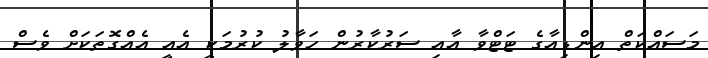
މަސައްކަތް އިންޑިއާގެ ޓަޓްވާ އާއި ސަރުކާރުން ހަވާލު ކުރުމަކީ އެއީ އެއްގޮތަކަށް ވެސް